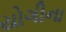
યોગીના